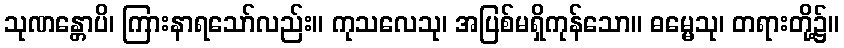
သုဏန္တောပိ၊ ကြားနာရသော်လည်း။ ကုသလေသု၊ အပြစ်မရှိကုန်သော။ ဓမ္မေသု၊ တရားတို့၌။